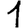
Digit: 1